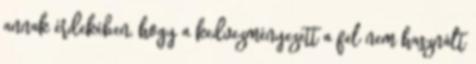
annak érdekében, hogy a kedvezményezett a fel nem használt